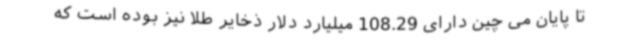
تا پایان می چین دارای 108.29 میلیارد دلار ذخایر طلا نیز بوده است که